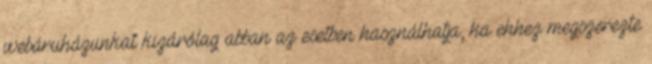
webáruházunkat kizárólag abban az esetben használhatja, ha ehhez megszerezte